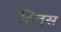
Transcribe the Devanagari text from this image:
तितुस